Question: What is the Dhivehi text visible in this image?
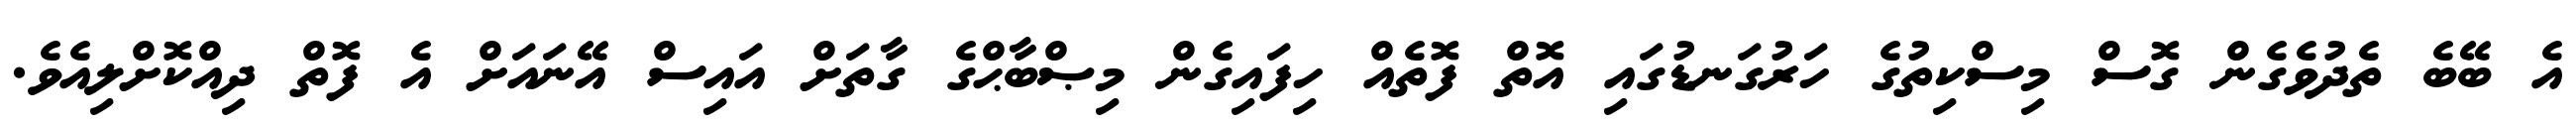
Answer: އެ ބޭބެ ތެދުވެގެން ގޮސް މިސްކިތުގެ ހަރުގަނޑުގައި އޮތް ފޮތެއް ހިފައިގެން މިޞްބާޙްގެ ގާތަށް އައިސް އޭނައަށް އެ ފޮތް ދިއްކޮށްލިއެވެ.